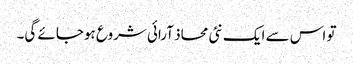
تو اس سے ایک نئی محاذ آرائی شروع ہوجائے گی۔